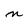
Character: n